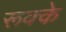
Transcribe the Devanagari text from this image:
रूक्‍के